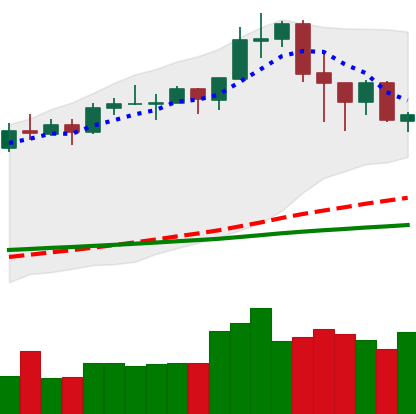
Ticker: ADA-USD
Chart end date: 2020-02-20
Forward return: -3.254%
Label: down_3_5